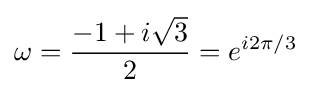
\omega ={\frac {-1+i{\sqrt {3}}}{2}}=e^{i2\pi /3}